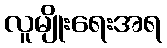
လူမျိုးရေးအရ